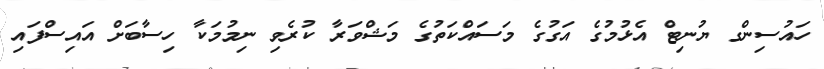
ހައުސިންގ ޔުނިޓް އެޅުމުގެ އަގުގެ މަސައްކަތުގެ މަޝްވަރާ ކުރެވި ނިމުމަކާ ހިސާބަށް އައިސްފައި